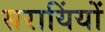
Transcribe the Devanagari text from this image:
सरायिंयों